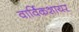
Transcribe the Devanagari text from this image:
वार्विकशायर